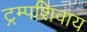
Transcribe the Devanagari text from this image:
ट्रम्पशिवाय